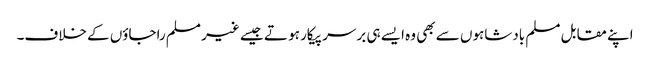
اپنے مقابل مسلم بادشاہوں سے بھی وہ ایسے ہی برسر پیکار ہو تے جیسے غیر مسلم راجاؤں کے خلاف۔